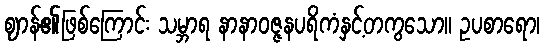
ဈာန်၏ဖြစ်ကြောင်း သမ္ဘာရ နာနာဝဇ္ဇနပရိကံနှင့်တကွသော။ ဥပစာရော၊